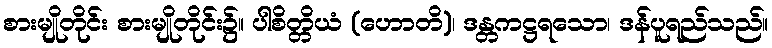
စားမျိုတိုင်း စားမျိုတိုင်း၌။ ပါစိတ္တိယံ (ဟောတိ)၊ ဒန္တကဋ္ဌရသော၊ ဒန်ပူရည်သည်။